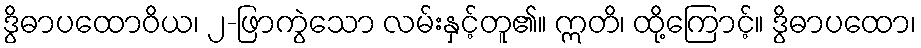
ဒွိဓာပထောဝိယ၊ ၂-ဖြာကွဲသော လမ်းနှင့်တူ၏။ ဣတိ၊ ထို့ကြောင့်။ ဒွိဓာပထော၊